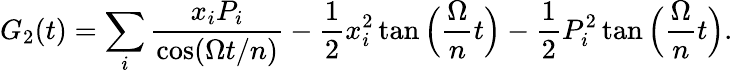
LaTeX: G_{2}(t)=\sum_{i}\frac{x_{i}P_{i}}{\cos(\Omega t/n)}-\frac{1}{2}x_{i}^{2}\tan\Big(\frac{\Omega}{n}t\Big)-\frac{1}{2}P_{i}^{2}\tan\Big(\frac{\Omega}{n}t\Big).